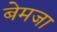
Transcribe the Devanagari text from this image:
बेमजा